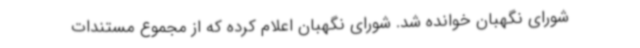
شورای نگهبان خوانده شد. شورای نگهبان اعلام کرده که از مجموع مستندات